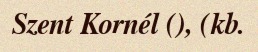
Szent Kornél (), (kb.